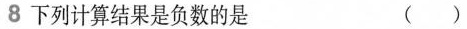
8 下列计算结果是负数的是 ()